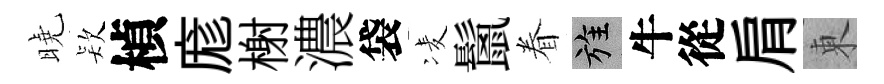
曉𣣇楨庬榭濃袋凌鬛眷旌牛從肩東